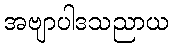
အဗျာပါဒသညာယ